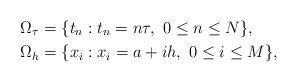
LaTeX: \begin{align*}\Omega_{\tau}&=\{t_n:t_n=n\tau,\ 0\leq n\leq N \},\\\Omega_h&=\{x_i:x_i=a+ih,\ 0\leq i\leq M\},\end{align*}